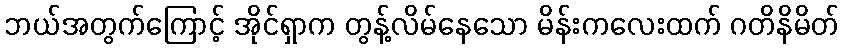
ဘယ်အတွက်ကြောင့် အိုင်ရှာက တွန့်လိမ်နေသော မိန်းကလေးထက် ဂတိနိမိတ်